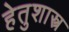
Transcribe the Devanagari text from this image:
हेतुशास्त्र